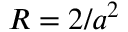
{ \cal R } = 2 / a ^ { 2 }